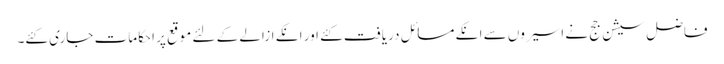
فاضل سیشن جج نے اسیروں سے انکے مسائل دریافت کئے اور انکے ازالے کے لئے موقع پر احکامات جاری کئے۔